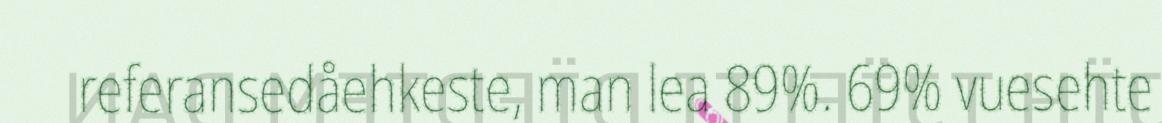
referansedåehkeste, man lea 89%. 69% vuesehte